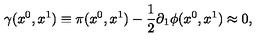
\gamma ( x ^ { 0 } , x ^ { 1 } ) \equiv \pi ( x ^ { 0 } , x ^ { 1 } ) - \frac { 1 } { 2 } \partial _ { 1 } \phi ( x ^ { 0 } , x ^ { 1 } ) \approx 0 ,